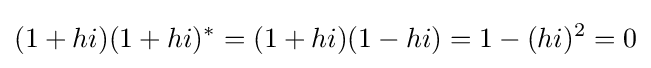
(1+hi)(1+hi)^{*}=(1+hi)(1-hi)=1-(hi)^{2}=0